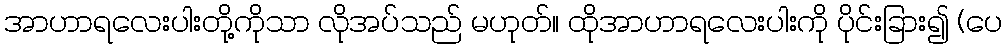
အာဟာရလေးပါးတို့ကိုသာ လိုအပ်သည် မဟုတ်။ ထိုအာဟာရလေးပါးကို ပိုင်းခြား၍ (ပေ